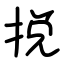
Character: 捝